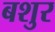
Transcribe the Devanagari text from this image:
बशुर